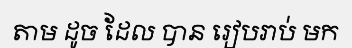
តាម ដូច ដែល បាន រៀបរាប់ មក